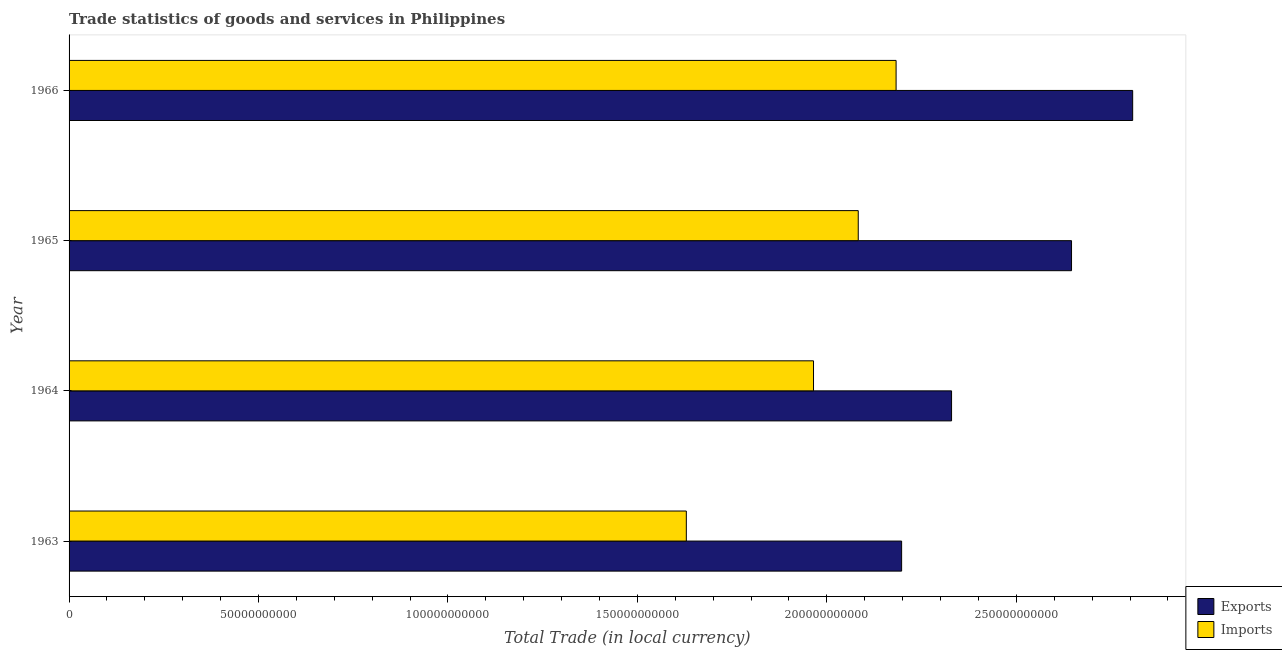
| Year | Exports | Imports |
 | --- | --- | --- |
 | 1963 | 2.2e+11 | 1.63e+11 |
 | 1964 | 2.33e+11 | 1.96e+11 |
 | 1965 | 2.65e+11 | 2.08e+11 |
 | 1966 | 2.81e+11 | 2.18e+11 |